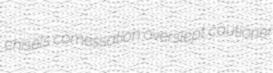
chisels comessation overslept cautioner